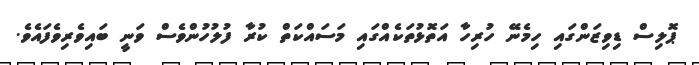
ޕޮލިސް ޑިވިޒަންގައި ހިމެނޭ ހުރިހާ އަތޮޅުތަކެއްގައި މަސައްކަތް ކުރާ ފުލުހުންވެސް ވަނީ ބައިވެރިވެފައެވެ.